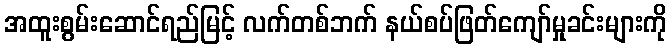
အထူးစွမ်းဆောင်ရည်မြင့် လက်တစ်ဘက် နယ်စပ်ဖြတ်ကျော်မှုခင်းများကို